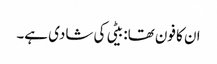
ان کا فون تھا: بیٹی کی شادی ہے۔